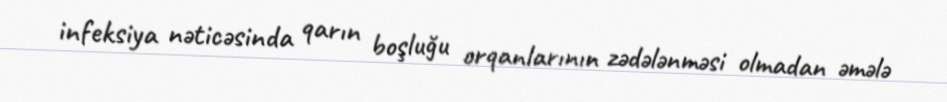
infeksiya nəticəsinda qarın boşluğu orqanlarının zədələnməsi olmadan əmələ